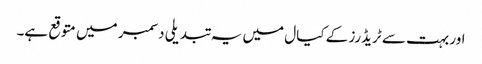
اور بہت سے ٹریڈرز کے کیال میں یہ تبدیلی دسمبر میں متوقع ہے۔